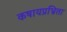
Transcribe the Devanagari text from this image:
कषायप्रभ्रिता